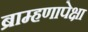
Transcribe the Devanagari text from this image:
ब्राम्हणापेक्षा